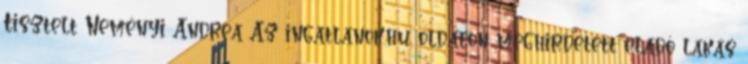
Tisztelt Neményi Andrea Az ingatlanok.hu oldalon meghirdetett eladó lakás